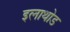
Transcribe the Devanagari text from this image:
इलाथोड